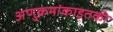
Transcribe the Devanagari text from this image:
अणुक्रमांकाइतकी